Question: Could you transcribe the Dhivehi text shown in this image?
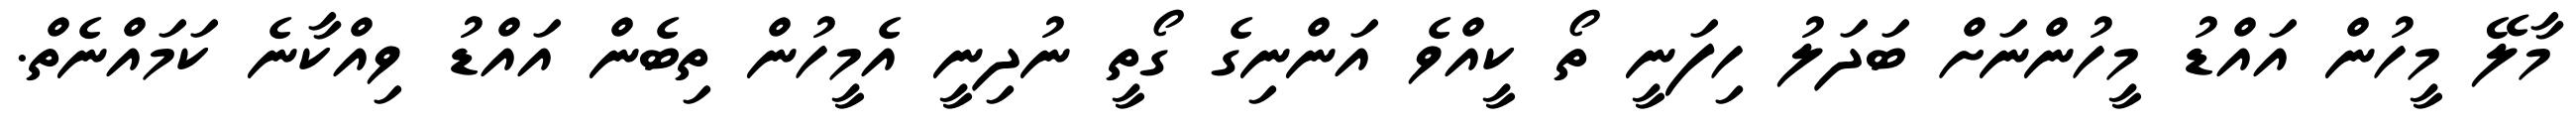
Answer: މާލޭ މީހުން އައްޑު މީހުންނަށް ބަދަލު ހިފަނީ ތޯ ކީއްވެ އަންނިގެ ގޯތީ ނުދިނީ އެމީހުން ތިބެން އައްޑު ވިއްކާނެ ކަމައްނެތް.